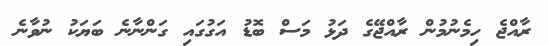
ރާއްޖެ ހިމެނުމުން ރާއްޖޭގެ ދަޅު މަސް ބޮޑު އަގުގައި ގަންނާނެ ބަޔަކު ނުވާނެ